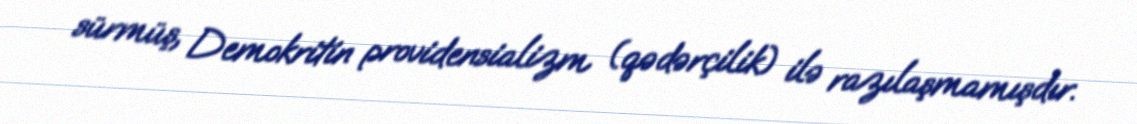
sürmüş, Demokritin providensializm (qədərçilik) ilə razılaşmamışdır.